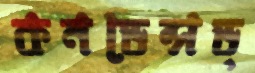
কনডেন্সড্